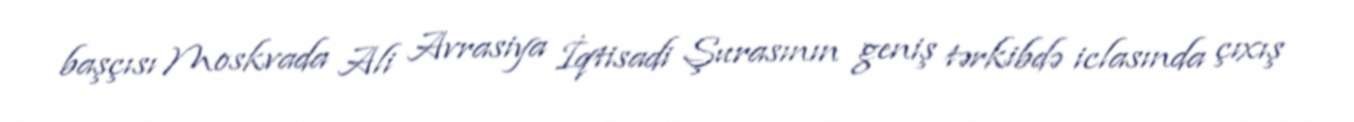
başçısı Moskvada Ali Avrasiya İqtisadi Şurasının geniş tərkibdə iclasında çıxış